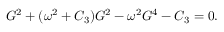
G ^ { 2 } + ( \omega ^ { 2 } + C _ { 3 } ) G ^ { 2 } - \omega ^ { 2 } G ^ { 4 } - C _ { 3 } = 0 .